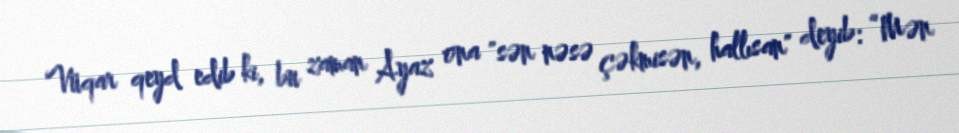
Vüqar qeyd edib ki, bu zaman Ayaz ona "sən nəsə çəkmisən, hallısan" deyib: “Mən